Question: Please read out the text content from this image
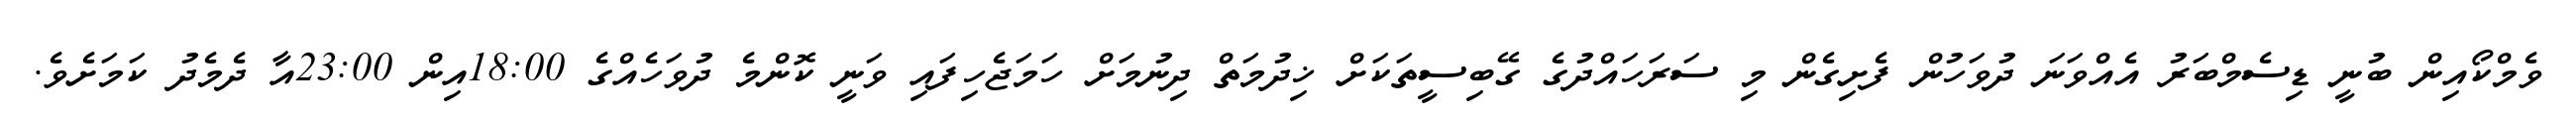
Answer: ވެމްކޯއިން ބުނީ ޑިސެމްބަރު އެއްވަނަ ދުވަހުން ފެށިގެން މި ސަރަހައްދުގެ ގޭބިސީތަކަށް ޚިދުމަތް ދިނުމަށް ހަމަޖެހިފައި ވަނީ ކޮންމެ ދުވަހެއްގެ 18:00އިން 23:00އާ ދެމެދު ކަމަށެވެ.